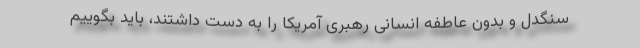
سنگدل و بدون عاطفه انسانی رهبری آمریکا را به دست داشتند، باید بگوییم